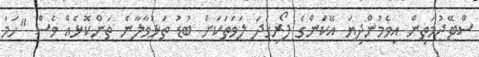
ސްޓޭޖުމަތިން އިވެމުންދިޔަ އޭކަންގެ ފޯރިގަދަ ލަވަތަކަށް ބުޑު ތަޅުވާލާނެ ތަންކޮޅެއް ވެސް "ހަމަ